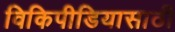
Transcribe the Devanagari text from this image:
विकिपीडियासाठी